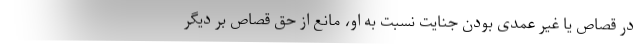
در قصاص یا غیر عمدی بودن جنایت نسبت به او، مانع از حق قصاص بر دیگر